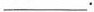
___.